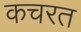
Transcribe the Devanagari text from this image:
कचरत